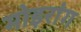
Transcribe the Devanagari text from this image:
मोइरांग